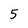
Character: 5